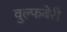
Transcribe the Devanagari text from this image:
वुल्फबेरी